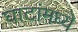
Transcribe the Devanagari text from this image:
घाटांमध्ये